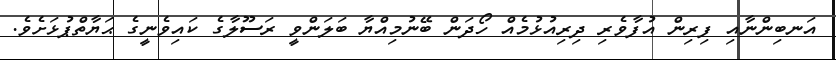
އަނބިންނާއި ފިރިން އުފާވެރި ދިރިއުޅުމެއް ހޯދަން ބޭނުމިއްޔާ ބަލަންވީ ރަސޫލާގެ ކައިވެނީގެ ޙަޔާތްޕުޅަށެވެ.